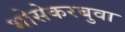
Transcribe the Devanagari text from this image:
भोसेकरबुवा